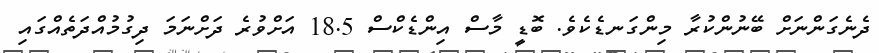
ދެނެގަންނަށް ބޭނުންކުރާ މިންގަނޑެކެވެ. ބޮޑީ މާސް އިންޑެކްސް 18.5 އަށްވުރެ ދަށްނަމަ ދިގުމުއްދަތެއްގައި